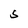
Character: S